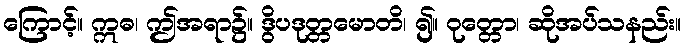
ကြောင့်။ ဣဓ၊ ဤအရာ၌။ ဒွိပဒုတ္တမောတိ၊ ၍။ ဝုတ္တော၊ ဆိုအပ်သနည်း။